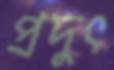
প্রদুৎ